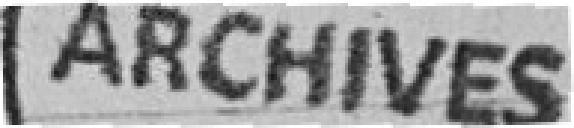
ARCHIVES